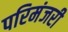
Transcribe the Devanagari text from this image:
परिमंजरी